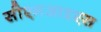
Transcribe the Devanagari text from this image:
सीएमआइएस